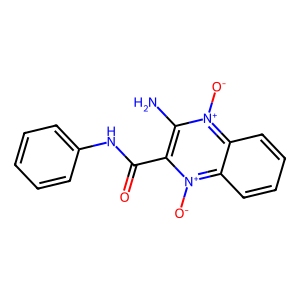
SMILES: Nc1c(C(=O)Nc2ccccc2)[n+]([O-])c2ccccc2[n+]1[O-]
Inhibits HIV replication: No